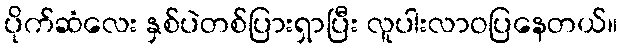
ပိုက်ဆံလေး နှစ်ပဲတစ်ပြားရှာပြီး လူပါးလာဝပြနေတယ်။